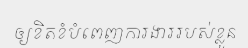
ឲ្យខិតខំបំពេញការងាររបស់ខ្លួន